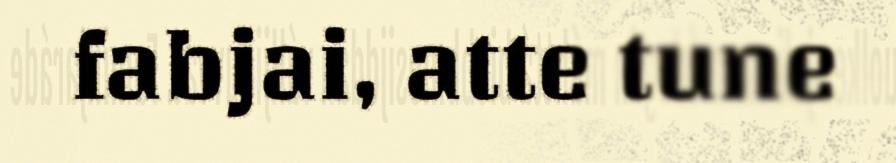
fabjai, atte tune